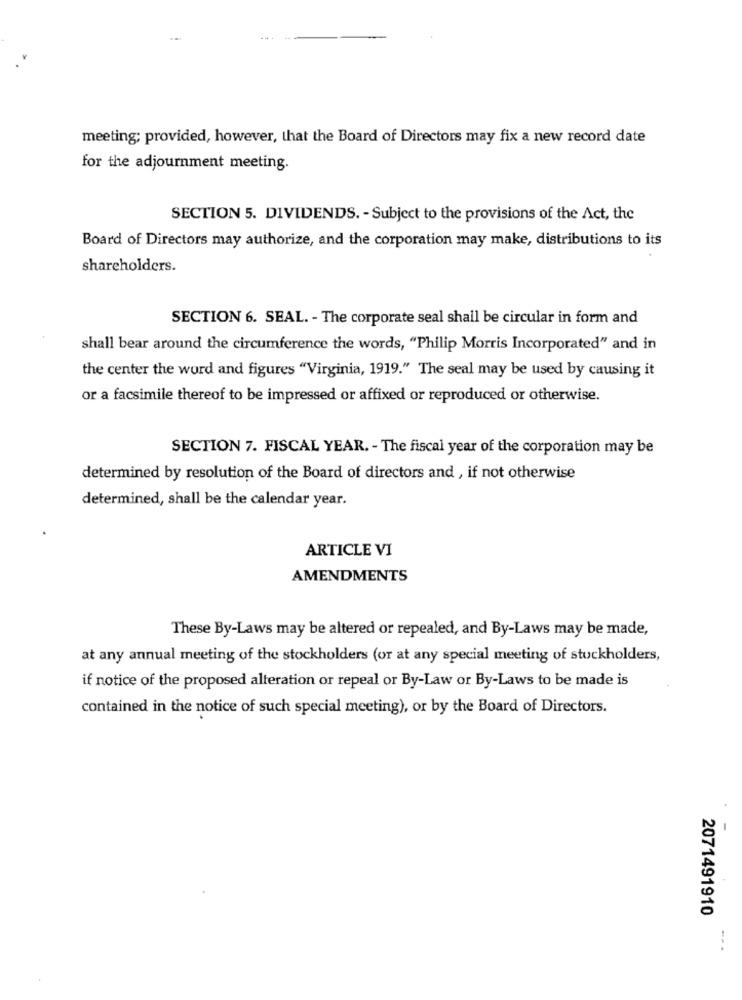
meeting; provided, however, that the Board of Directors may fix a new record date
for the adjournment meeting.
SECTION 5. DIVIDENDS. - Subject to the provisions of the Act, the
Board of Directors may authorize, and the corporation may make, distributions to its
shareholders.
SECTION 6. SEAL. - The corporate seal shall be circular in form and
shall bear around the circumference the words, "Philip Morris Incorporated" and in
the center the word and figures "Virginia, 1919." The seal may be used by causing it
or a facsimile thereof to be impressed or affixed or reproduced or otherwise.
SECTION 7. FISCAL YEAR. - The fiscal year of the corporation may be
determined by resolution of the Board of directors and , if not otherwise
determined, shall be the calendar year.
ARTICLE VI
AMENDMENTS
These By-Laws may be altered or repealed, and By-Laws may be made,
at any annual meeting of the stockholders (or at any special meeting of stockholders,
if notice of the proposed alteration or repeal or By-Law or By-Laws to be made is
contained in the notice of such special meeting), or by the Board of Directors.
2071491910
-...